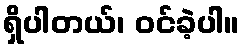
ရှိပါတယ်၊ ဝင်ခဲ့ပါ။